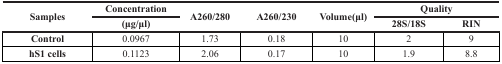
<table><thead><tr><td rowspan="2"><b>Samples</b></td><td><b>Concentration</b></td><td rowspan="2"><b>A260/280</b></td><td rowspan="2"><b>A260/230</b></td><td rowspan="2"><b>Volume(μl)</b></td><td colspan="2"><b>Quality</b></td></tr><tr><td><b>(μg/μl)</b></td><td><b>28S/18S</b></td><td><b>RIN</b></td></tr></thead><tbody><tr><td><b>Control</b></td><td>0.0967</td><td>1.73</td><td>0.18</td><td>10</td><td>2</td><td>9</td></tr><tr><td><b>hS1 cells</b></td><td>0.1123</td><td>2.06</td><td>0.17</td><td>10</td><td>1.9</td><td>8.8</td></tr></tbody></table>